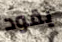
يقود